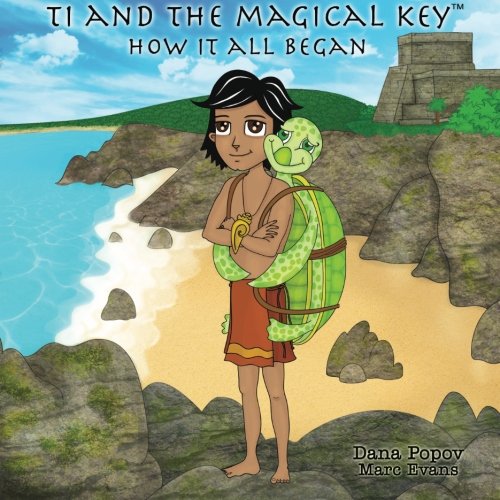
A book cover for Ti and the Magical Key: How it all began (Volume 1); Dana Popov; Children's Books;